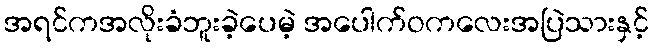
အရင်ကအလိုးခံဘူးခဲ့ပေမဲ့ အပေါက်ဝကလေးအပြဲသားနှင့်